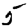
Digit: 5